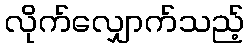
လိုက်လျှောက်သည့်